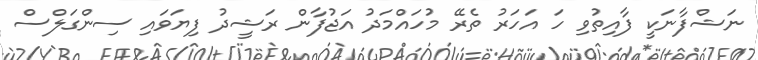
ނަޝްފާނަކީ ފާއިތުވި ހަ އަހަރު ތެރޭ މުހައްމަދު އަޖުފާން ރަޝީދު ފިޔަވައި ސިންގަލްސް